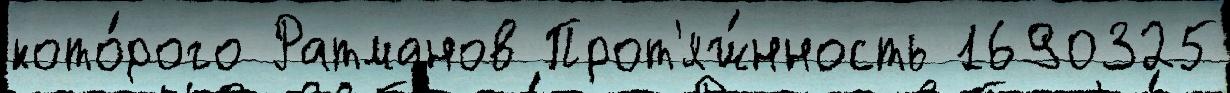
кото́рого Ратманов Прот'яж́нность 1690325